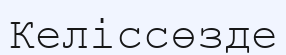
Келіссөзде